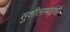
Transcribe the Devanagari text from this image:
सुशीलाबाईंशी